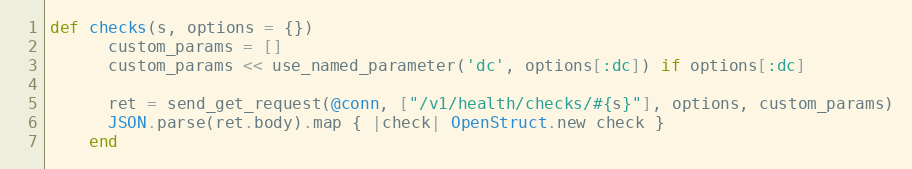
Language: Ruby
def checks(s, options = {})
      custom_params = []
      custom_params << use_named_parameter('dc', options[:dc]) if options[:dc]

      ret = send_get_request(@conn, ["/v1/health/checks/#{s}"], options, custom_params)
      JSON.parse(ret.body).map { |check| OpenStruct.new check }
    end